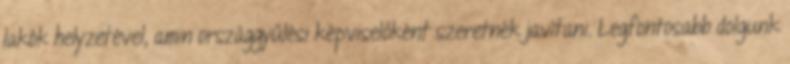
lakók helyzetével, amin országgyűlési képviselőként szeretnék javítani. Legfontosabb dolgunk